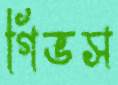
গিভস